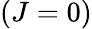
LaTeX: (J=0)